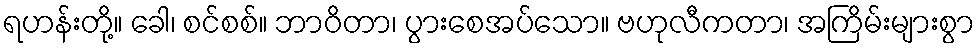
ရဟန်းတို့။ ခေါ၊ စင်စစ်။ ဘာဝိတာ၊ ပွားစေအပ်သော။ ဗဟုလီကတာ၊ အကြိမ်းများစွာ